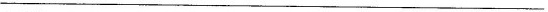
___